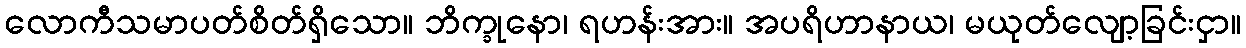
လောကီသမာပတ်စိတ်ရှိသော။ ဘိက္ခုနော၊ ရဟန်းအား။ အပရိဟာနာယ၊ မယုတ်လျော့ခြင်းငှာ။